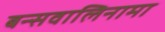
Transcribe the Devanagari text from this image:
बन्सवालिनामा